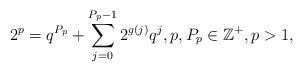
LaTeX: \begin{align*}2^p = q^{P_p} + \sum_{j=0}^{P_p-1} 2^{g(j)}q^j, p, P_p \in \mathbb Z^{+}, p >1,\end{align*}